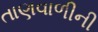
તાણવાળીની